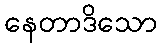
နေတာဒိသော